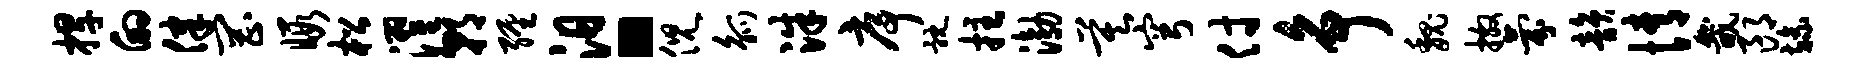
捍的律罔暇松濯朝缠汨。倪觚洙序耽拄渤莫穹付争魏撒氛韵情畿郎旒